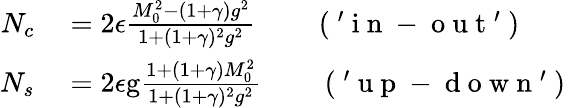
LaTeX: \begin{array}{rl}{N_{c}}&{{}=2\epsilon\frac{M_{0}^{2}-(1+\gamma)g^{2}}{1+(1+\gamma)^{2}g^{2}}\qquad\mathrm{~(~'~i~n~-~o~u~t~'~)~}}\\ {N_{s}}&{{}=2\epsilon\mathrm{g}\frac{1+(1+\gamma)M_{0}^{2}}{1+(1+\gamma)^{2}g^{2}}\qquad\mathrm{~(~'~u~p~-~d~o~w~n~'~)~}}\end{array}